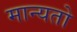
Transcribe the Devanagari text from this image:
मान्यतो